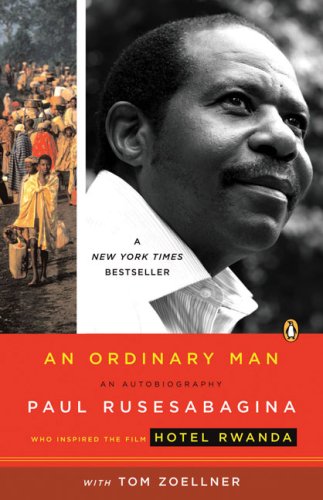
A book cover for An Ordinary Man: An Autobiography; Paul Rusesabagina; Biographies & Memoirs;